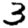
Digit: 3